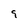
Character: 9